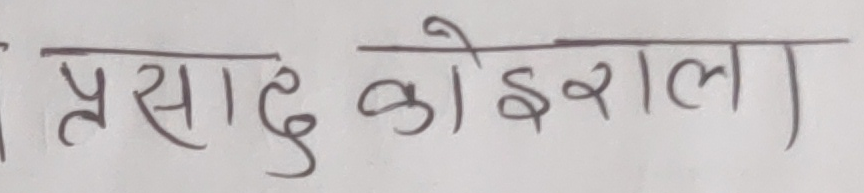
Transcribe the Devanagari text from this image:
प्रसाद कोइराल